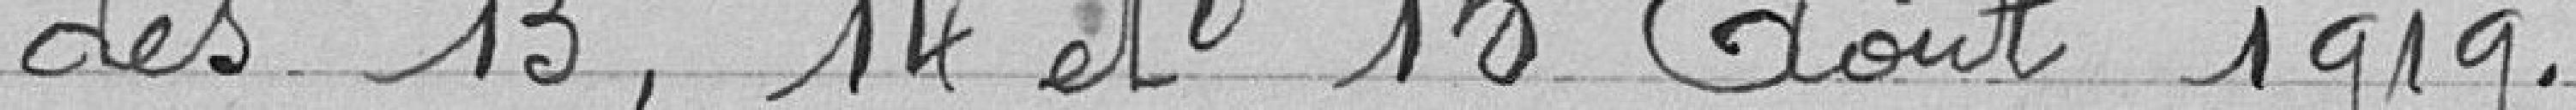
des 13, 14 et 15 août 1919.